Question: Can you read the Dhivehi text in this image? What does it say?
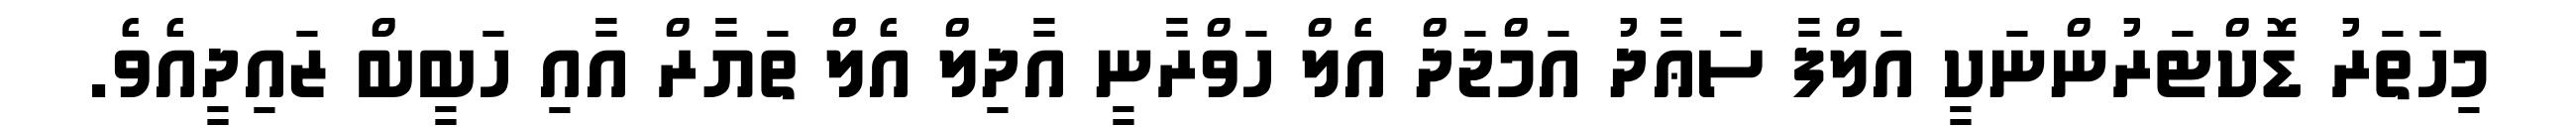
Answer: މިހަތަރު ޑޮކްޓަރުންނަކީ އަލްފާ ސަޢާދު އަމްޖަދް އެލް ހަވްރާނީ އާދިލް އެލް ތަޔާރް އާއި ހަބީބް ޒައިދީއެވެ.